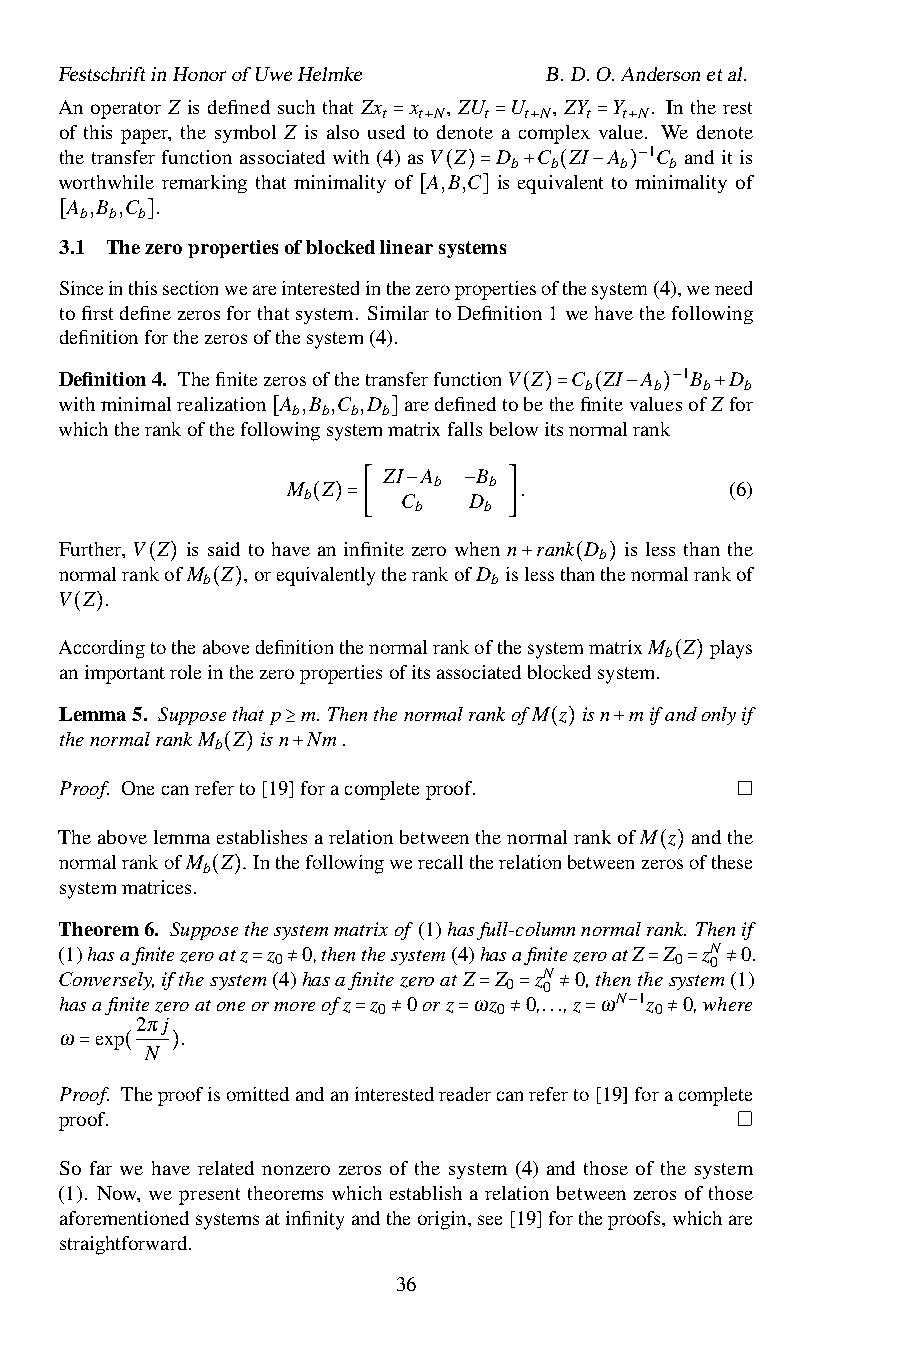
FestschriftinHonorofUweHelmke   B.D.O.Andersonetal.
 An operator Z is defined such that Zx x , ZU U , ZY Y . In the rest
 t  t N t  t N t t N
 of this paper, the symbol Z is also used to denote a complex value. We denote
 thetransferfunctionassociatedwith(4=)as+ V Z =D + C ZI =A + 1C anditis
 b b    b  b
 worthwhile remarking that minimality of A,B,C is equivalent to m−inimality of
 A ,B ,C .                ( )=  + ( −  )
 b b b
 [   ]
 3.1 Thezeropropertiesofblockedlinearsystems
 [     ]
 Sinceinthissectionweareinterestedinthezeropropertiesofthesystem(4),weneed
 tofirstdefinezerosforthatsystem. SimilartoDefinition1wehavethefollowing
 definitionforthezerosofthesystem(4).
 Definition4. ThefinitezerosofthetransferfunctionV Z C ZI A 1B D
 b   b  b  b
 withminimalrealization A b,B b,C b,D
 b
 aredefinedtobethefinitevalue−sofZfor
 whichtherankofthefollowingsystemmatrixfallsbelo(w)its=nor(mal−rank) +
 [       ]
 ZI A  B
 M Z       b  b .             (6)
 b      C   D
 b    b
 −   −
 ( )=[        ]
 Further, V Z is said to have an infinite zero when n rank D is less than the
 b
 normalrankofM Z ,orequivalentlytherankofD islessthanthenormalrankof
 b                  b
 V Z . ( )                     +   ( )
 ( )
 Ac(co)rdingtotheabovedefinitionthenormalrankofthesystemmatrixM Z plays
 b
 animportantroleinthezeropropertiesofitsassociatedblockedsystem.
 ( )
 Lemma5. Supposethat p m. ThenthenormalrankofM z isn mifandonlyif
 thenormalrankM Z isn Nm.
 b
 ≥                ( )  +
 Proof. Onecanrefe(rto)[19]+foracompleteproof.
 TheabovelemmaestablishesarelationbetweenthenormalrankofM z andthe
 normalrankofM Z . Inthefollowingwerecalltherelationbetweenzerosofthese
 b
 systemmatrices.                         ( )
 ( )
 Theorem6. Supposethesystemmatrixof (1)hasfull-columnnormalrank. Thenif
 (1)hasafinitezeroatz z 0,thenthesystem(4)hasafinitezeroatZ Z zN 0.
 0                          0 0
 Conversely,ifthesystem(4)hasafinitezeroatZ Z zN 0,thenthesystem(1)
 0  0
 hasafinitezeroatoneo=rm≠oreofz z 0orz ωz 0,...,z ωN 1z= 0=,wh≠ere
 0       0         0
 2πj                    = =  ≠
 ω exp   .                             −
 N            =  ≠   =   ≠    =    ≠
 =  (  )
 Proof. Theproofisomittedandaninterestedreadercanreferto[19]foracomplete
 proof.
 So far we have related nonzero zeros of the system (4) and those of the system
 (1). Now, we present theorems which establish a relation between zeros of those
 aforementionedsystemsatinfinityandtheorigin,see[19]fortheproofs,whichare
 straightforward.
 36